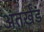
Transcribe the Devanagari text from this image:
अंतर्खंड